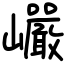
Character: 巗